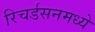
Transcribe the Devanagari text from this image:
रिचर्डसनमध्ये